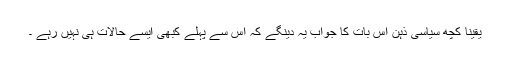
یقینا کچھ سیاسی ذہن اس بات کا جواب یہ دینگے کہ اس سے پہلے کبھی ایسے حالات ہی نہیں رہے ۔